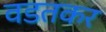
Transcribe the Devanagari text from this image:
वडतकर